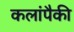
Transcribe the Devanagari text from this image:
कलांपैकी